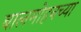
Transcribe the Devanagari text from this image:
बालमोहनच्या